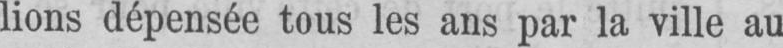
lions dépensée tous les ans par la ville au